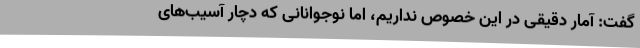
گفت: آمار دقیقی در این خصوص نداریم، اما نوجوانانی که دچار آسیب‌های